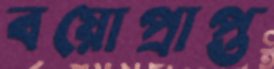
বয়োপ্রাপ্ত